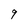
Character: 9